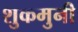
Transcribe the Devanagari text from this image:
शुकमुनी